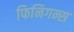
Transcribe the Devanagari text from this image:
फिनिगन्स